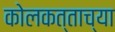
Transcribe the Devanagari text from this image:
कोलकत्ताच्या